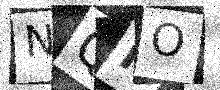
Text: NQHO